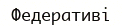
Федеративі